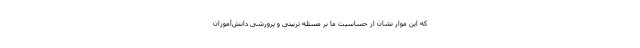
که این موار نشان از حساسیت ما بر مسئله تربیتی و پرورشی دانش‌آموزان